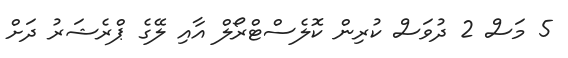
5 މަސް 2 ދުވަސް ކުރިން ކޮލެސްޓްރޯލް އާއި ލޭގެ ޕްރެޝަރު ދަށް